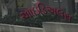
આઇડિઅલસ